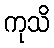
ကုသိ